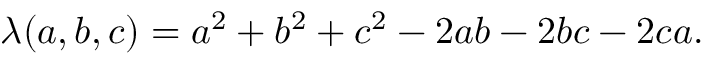
\lambda ( a , b , c ) = a ^ { 2 } + b ^ { 2 } + c ^ { 2 } - 2 a b - 2 b c - 2 c a .